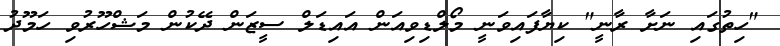
"ހިތުގައި ނަށާ ރާނީ" ކިޔާފައިވަނީ މޯލްޑިވިއަން އައިޑަލް ސީޒަން ދޭކުން މަޝްހޫރުވި ހަމޫދު